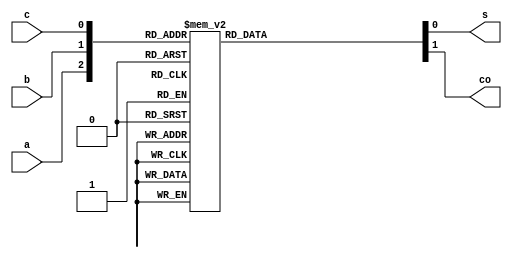
module onebitfulladder_behav(a,b,c,s,co);
input a,b,c;
output s,co;
reg s,co;
always@(a or b or c)
case({a,b,c})
3'b000: begin s=1'b0; co=1'b0; end
3'b001: begin s=1'b1; co=1'b0; end
3'b010: begin s=1'b1; co=1'b0; end
3'b011: begin s=1'b0; co=1'b1; end
3'b100: begin s=1'b1; co=1'b0; end
3'b101: begin s=1'b0; co=1'b1; end
3'b110: begin s=1'b0; co=1'b1; end
3'b111: begin s=1'b1; co=1'b1; end
endcase
endmodule
module fulladder(coa,si,v,u,ci); 
input v[31:0];
input u[31:0];
input ci;
output coa;
output si[31:0];
wire coo[31:0];

onebitfulladder_behav w1(v[0],u[0],ci,coo[0],si[0]);
onebitfulladder_behav w2(v[1],u[1],coo[0],coo[1],si[1]);
onebitfulladder_behav w3(v[2],u[2],coo[1],coo[2],si[2]);
onebitfulladder_behav w4(v[3],u[3],coo[2],coo[3],si[3]);
onebitfulladder_behav w5(v[4],u[4],coo[3],coo[4],si[4]);
onebitfulladder_behav w6(v[5],u[5],coo[4],coo[5],si[5]);
onebitfulladder_behav w7(v[6],u[6],coo[5],coo[6],si[6]);
onebitfulladder_behav w8(v[7],u[7],coo[6],coo[7],si[7]);
onebitfulladder_behav w9(v[8],u[8],coo[7],coo[8],si[8]);
onebitfulladder_behav w10(v[9],u[9],coo[8],coo[9],si[9]);
onebitfulladder_behav w11(v[10],u[10],coo[9],coo[10],si[10]);
onebitfulladder_behav w12(v[11],u[11],coo[10],coo[11],si[11]);
onebitfulladder_behav w13(v[12],u[12],coo[11],coo[12],si[12]);
onebitfulladder_behav w14(v[13],u[13],coo[12],coo[13],si[13]);
onebitfulladder_behav w15(v[14],u[14],coo[13],coo[14],si[14]);
onebitfulladder_behav w16(v[15],u[15],coo[14],coo[15],si[15]);
onebitfulladder_behav w17(v[16],u[16],coo[15],coo[16],si[16]);
onebitfulladder_behav w18(v[17],u[17],coo[16],coo[17],si[17]);
onebitfulladder_behav w19(v[18],u[18],coo[17],coo[18],si[18]);
onebitfulladder_behav w20(v[19],u[19],coo[18],coo[19],si[19]);
onebitfulladder_behav w21(v[20],u[20],coo[19],coo[20],si[20]);
onebitfulladder_behav w22(v[21],u[21],coo[20],coo[21],si[21]);
onebitfulladder_behav w23(v[22],u[22],coo[21],coo[22],si[22]);
onebitfulladder_behav w24(v[23],u[23],coo[22],coo[23],si[23]);
onebitfulladder_behav w25(v[24],u[24],coo[23],coo[24],si[24]);
onebitfulladder_behav w26(v[25],u[25],coo[24],coo[25],si[25]);
onebitfulladder_behav w27(v[26],u[26],coo[25],coo[26],si[26]);
onebitfulladder_behav w28(v[27],u[27],coo[26],coo[27],si[27]);
onebitfulladder_behav w29(v[28],u[28],coo[27],coo[28],si[28]);
onebitfulladder_behav w30(v[29],u[29],coo[28],coo[29],si[29]);
onebitfulladder_behav w31(v[30],u[30],coo[29],coo[30],si[30]);
onebitfulladder_behav w32(v[31],u[31],coo[30],coa,si[31]);
endmodule